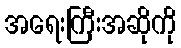
အရေးကြီးအဆိုကို